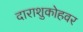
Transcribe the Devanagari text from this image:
दाराशुकोहवर